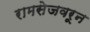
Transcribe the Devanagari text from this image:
रामसेजवरून